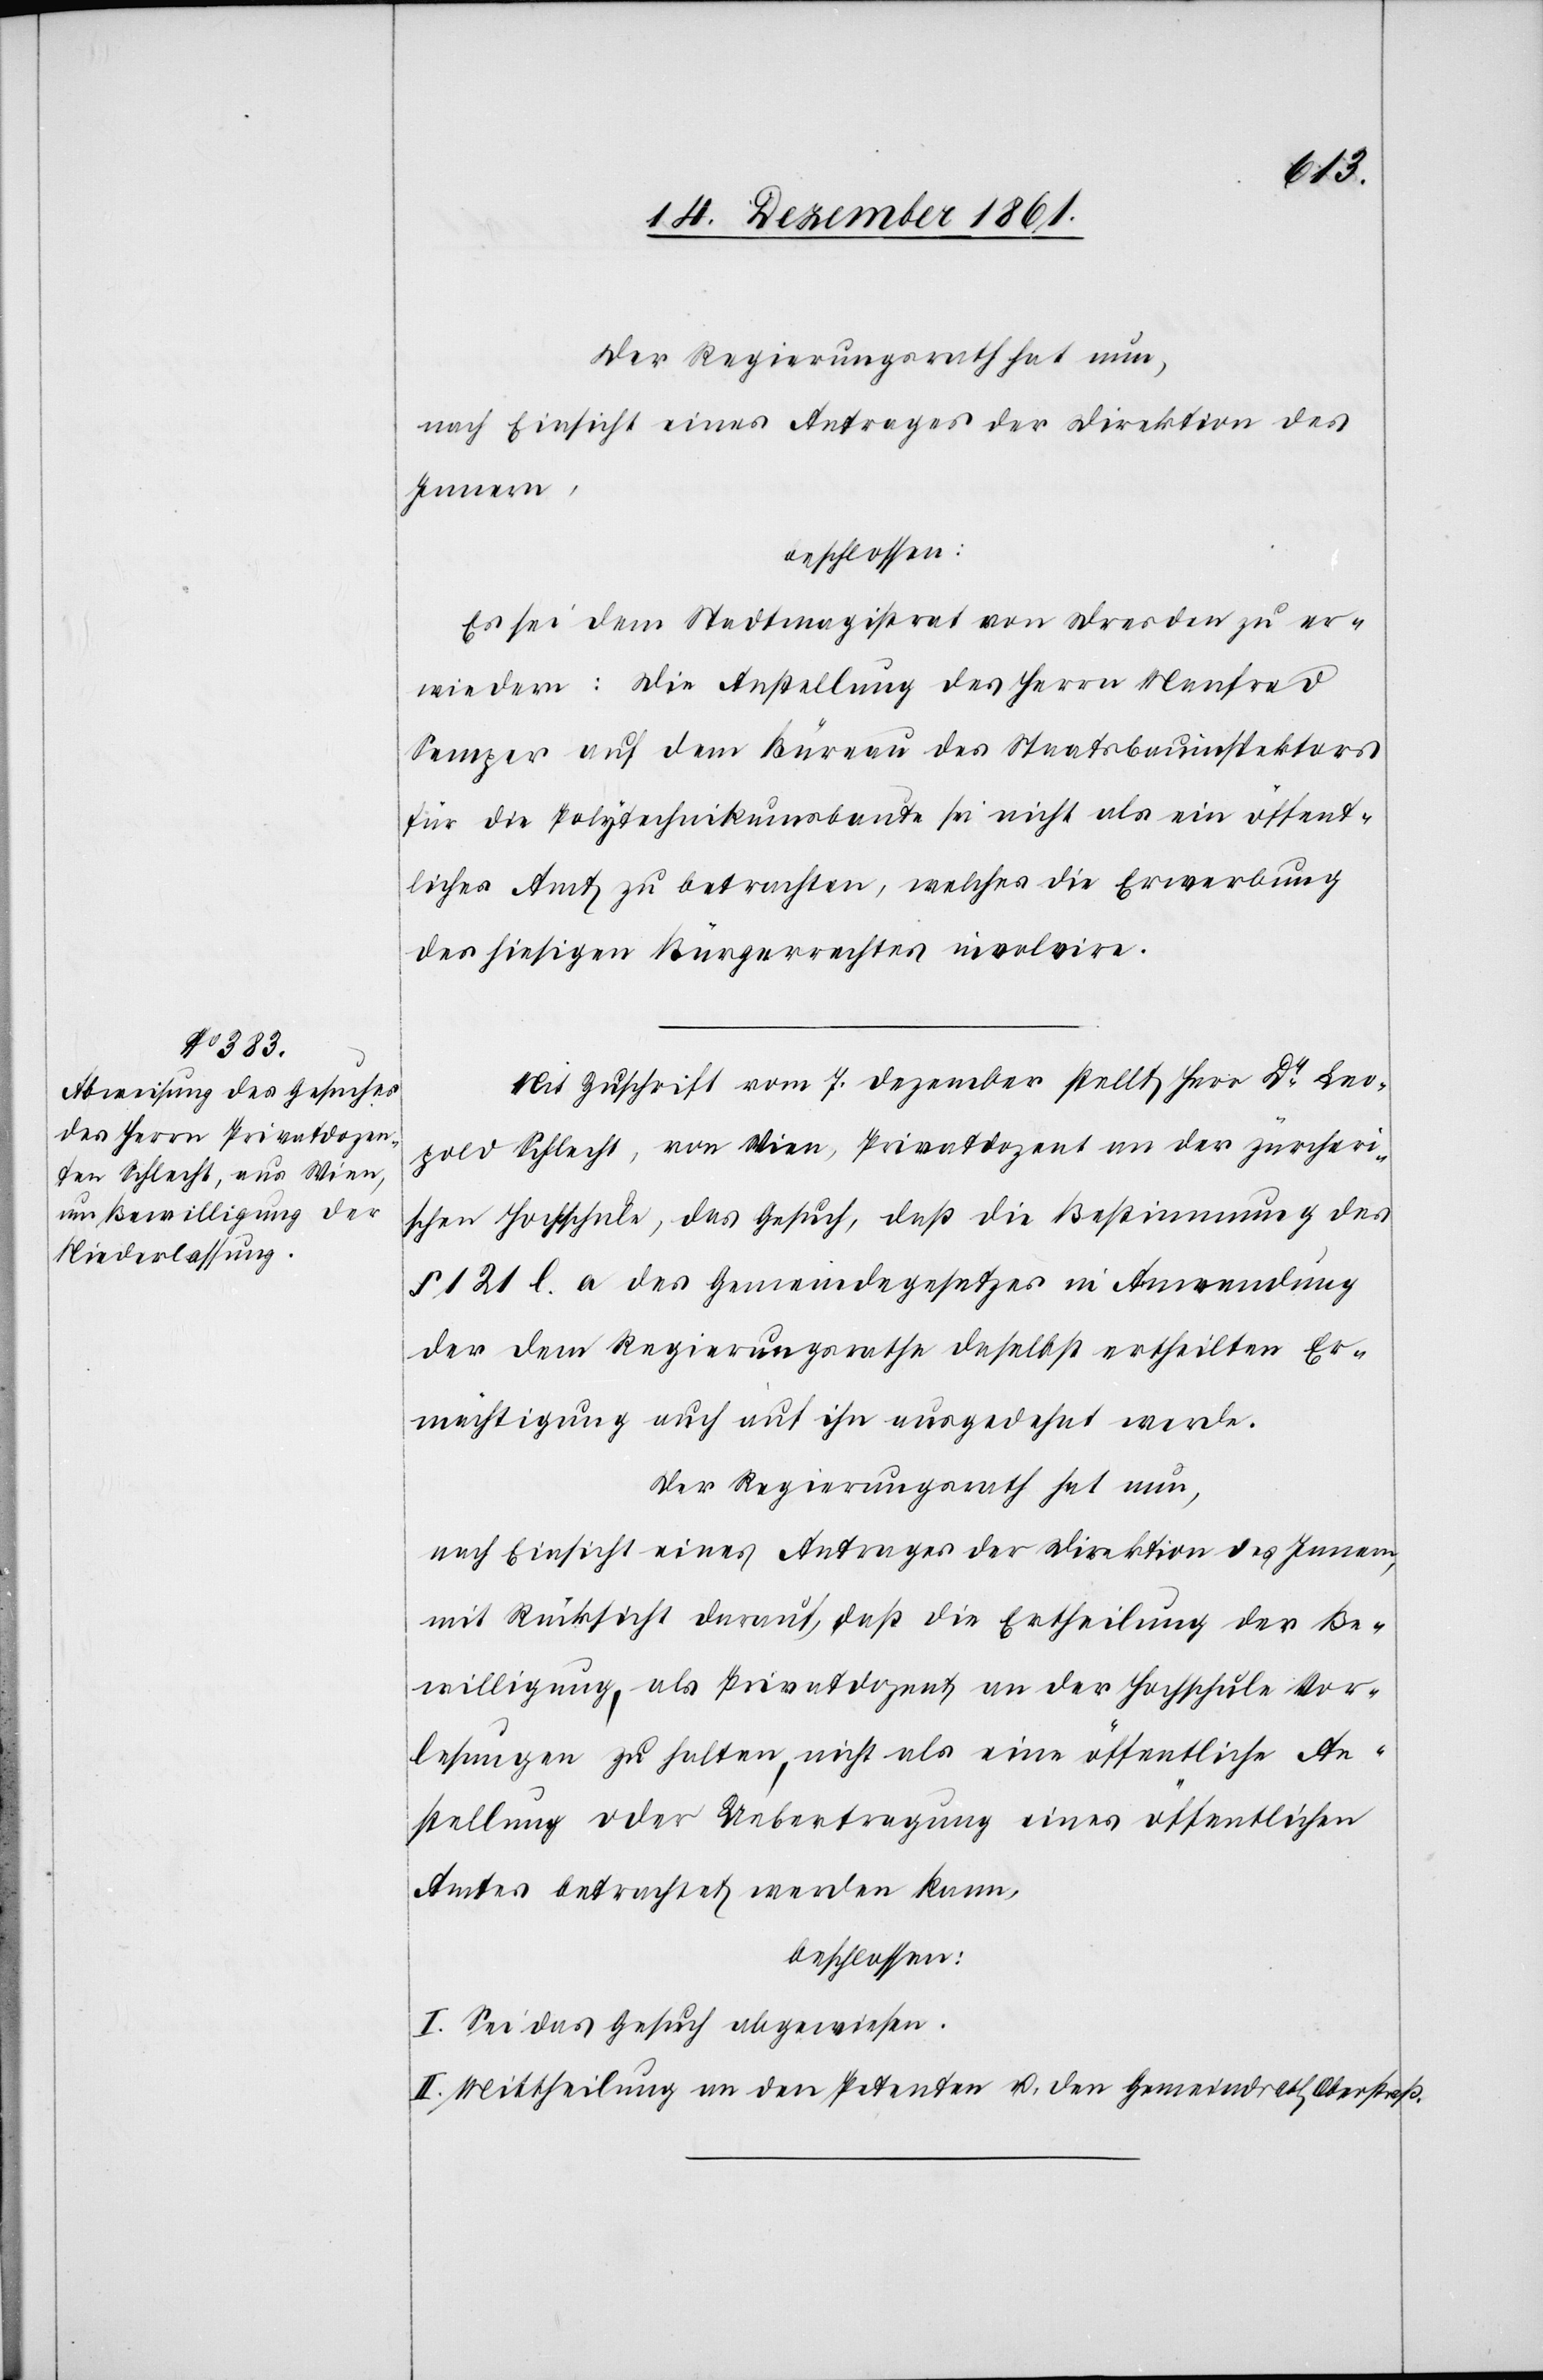
Der Regierungsrath hat nun,
nach Einsicht eines Antrages der Direktion des
Innern,
beschlossen:
Es sei dem Stadtmagistrat von Dresden zu er¬
wiedern: Die Anstellung des Herrn Manfred
Semper auf dem Büreau des Staatsbauinspektors
für die Polytechnikumsbaute sei nicht als ein öffent¬
liches Amt zu betrachten, welches die Erwerbung
des hiesigen Bürgerrechtes involvire.
Mit Zuschrift vom 7 Dezember stellt Herr Dr Leo¬
pold Schlecht, von Wien, Privatdozent an der zürcheri¬
schen Hochschule, das Gesuch, daß die Bestimmung des
§ 121 l. a. des Gemeindegesetzes in Anwendung
der dem Regierungsrathe daselbst ertheilten Er¬
mächtigung auch auf ihn ausgedehnt werde.
Der Regierungsrath hat nun,
nach Einsicht eines Antrages der Direktion des Innern,
mit Rücksicht darauf, daß die Ertheilung der Be¬
willigung, als Privatdozent an der Hochschule Vor¬
lesungen zu halten, nicht als eine öffentliche An¬
stellung oder Uebertragung eines öffentlichen
Amtes betrachtet werden kann,
beschlossen:
I. Sei das Gesuch abgewiesen.
II. Mittheilung an den Petenten u. den Gemeindrath Oberstraß.